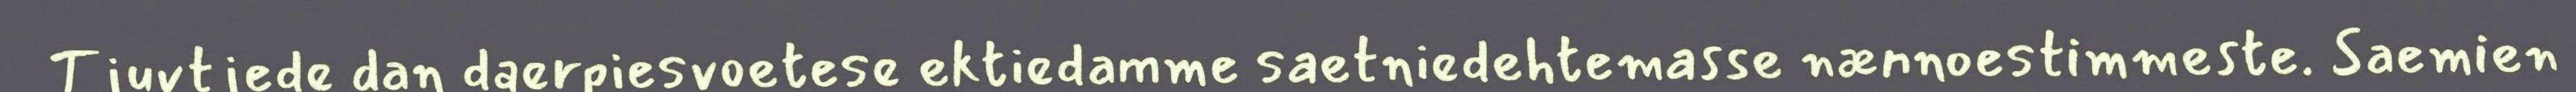
Tjuvtjede dan daerpiesvoetese ektiedamme saetniedehtemasse nænnoestimmeste. Saemien